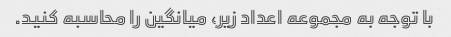
با توجه به مجموعه اعداد زیر، میانگین را محاسبه کنید.